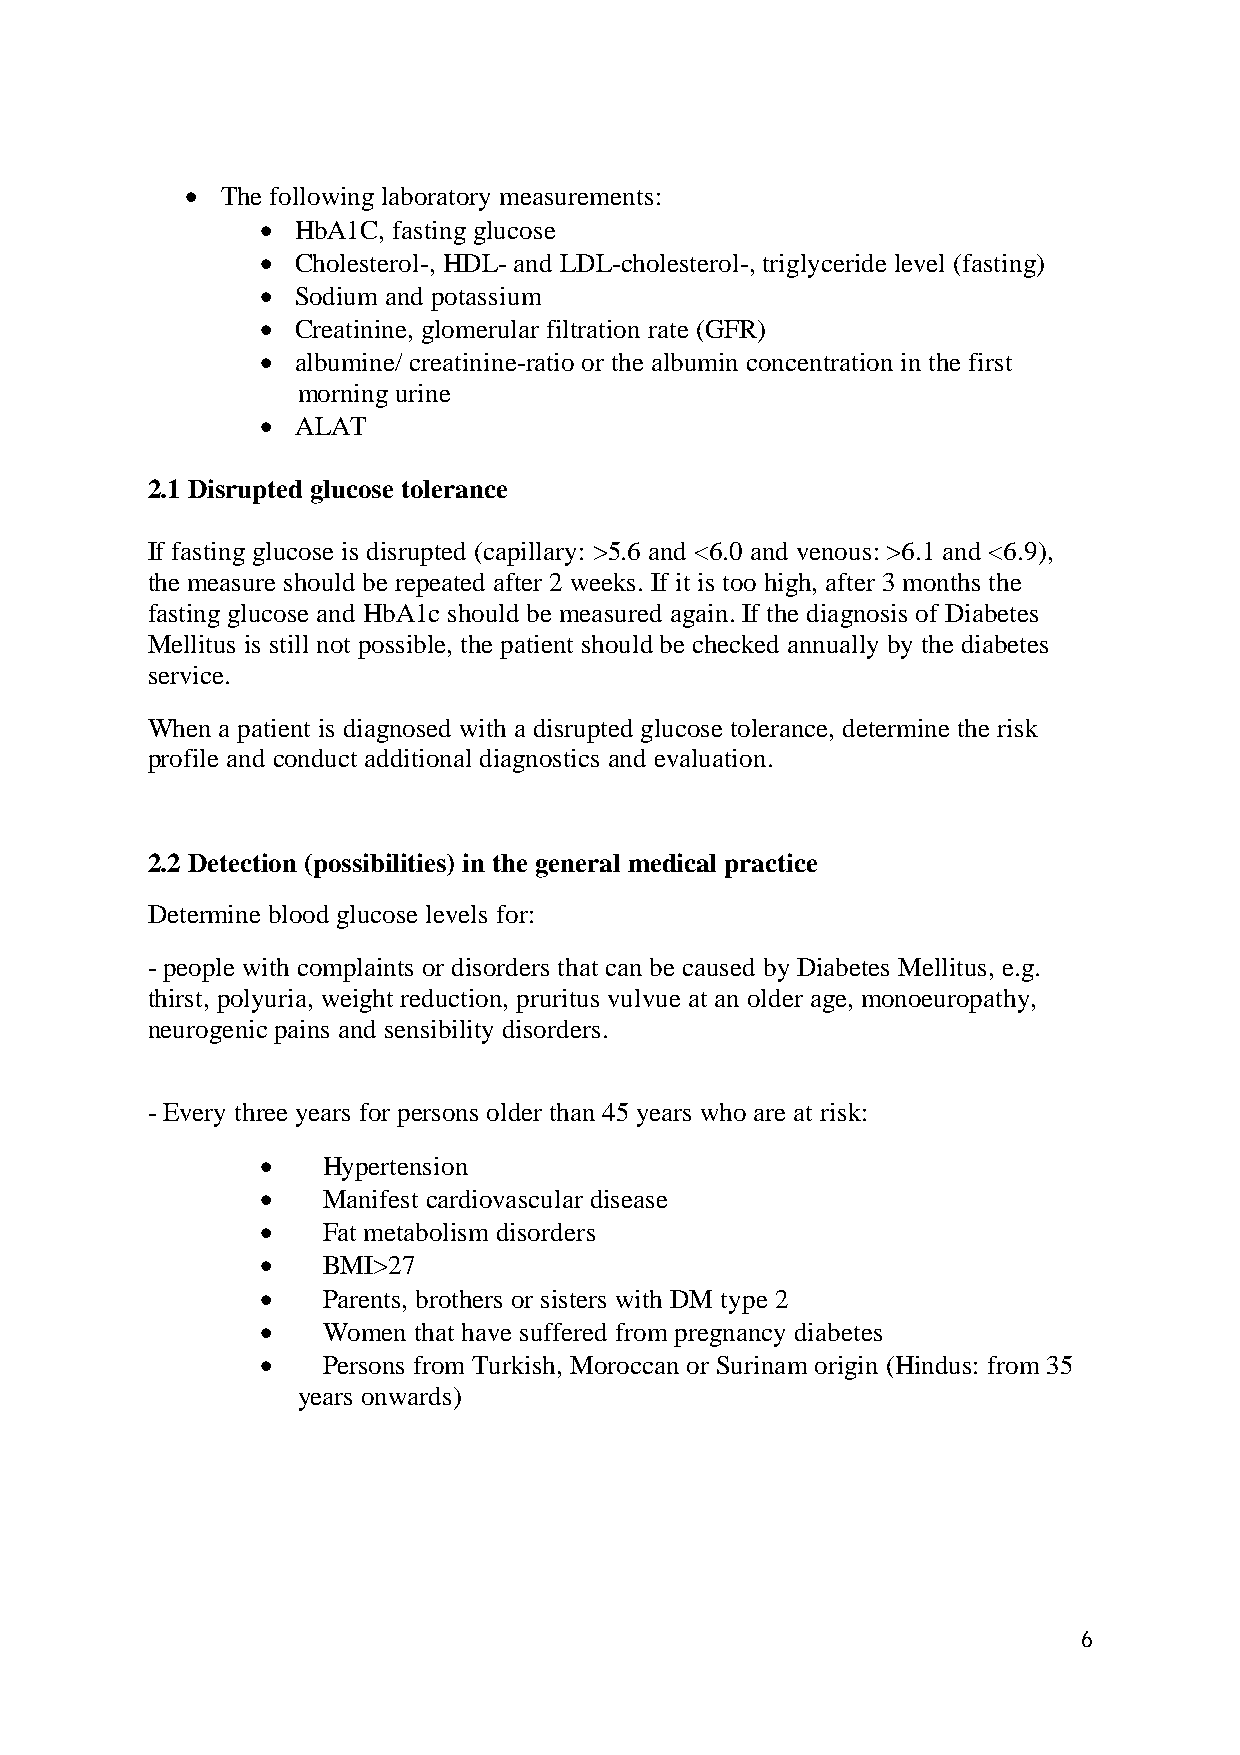
  The following laboratory measurements:
   HbA1C, fasting glucose
   Cholesterol-, HDL- and LDL-cholesterol-, triglyceride level (fasting)
   Sodium and potassium
   Creatinine, glomerular filtration rate (GFR)
   albumine/ creatinine-ratio or the albumin concentration in the first
 morning urine
   ALAT
 2.1 Disrupted glucose tolerance
 If fasting glucose is disrupted (capillary: >5.6 and <6.0 and venous: >6.1 and <6.9),
 the measure should be repeated after 2 weeks. If it is too high, after 3 months the
 fasting glucose and HbA1c should be measured again. If the diagnosis of Diabetes
 Mellitus is still not possible, the patient should be checked annually by the diabetes
 service.
 When a patient is diagnosed with a disrupted glucose tolerance, determine the risk
 profile and conduct additional diagnostics and evaluation.
 2.2 Detection (possibilities) in the general medical practice
 Determine blood glucose levels for:
 - people with complaints or disorders that can be caused by Diabetes Mellitus, e.g.
 thirst, polyuria, weight reduction, pruritus vulvue at an older age, monoeuropathy,
 neurogenic pains and sensibility disorders.
 - Every three years for persons older than 45 years who are at risk:
    Hypertension
    Manifest cardiovascular disease
    Fat metabolism disorders
    BMI>27
    Parents, brothers or sisters with DM type 2
    Women that have suffered from pregnancy diabetes
    Persons from Turkish, Moroccan or Surinam origin (Hindus: from 35
 years onwards)
 6